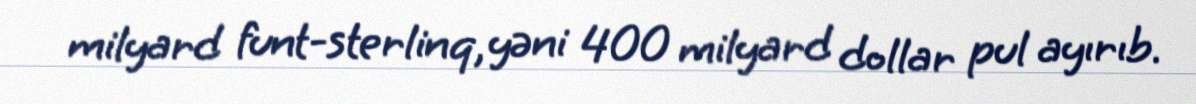
milyard funt-sterlinq, yəni 400 milyard dollar pul ayırıb.